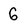
Character: 6